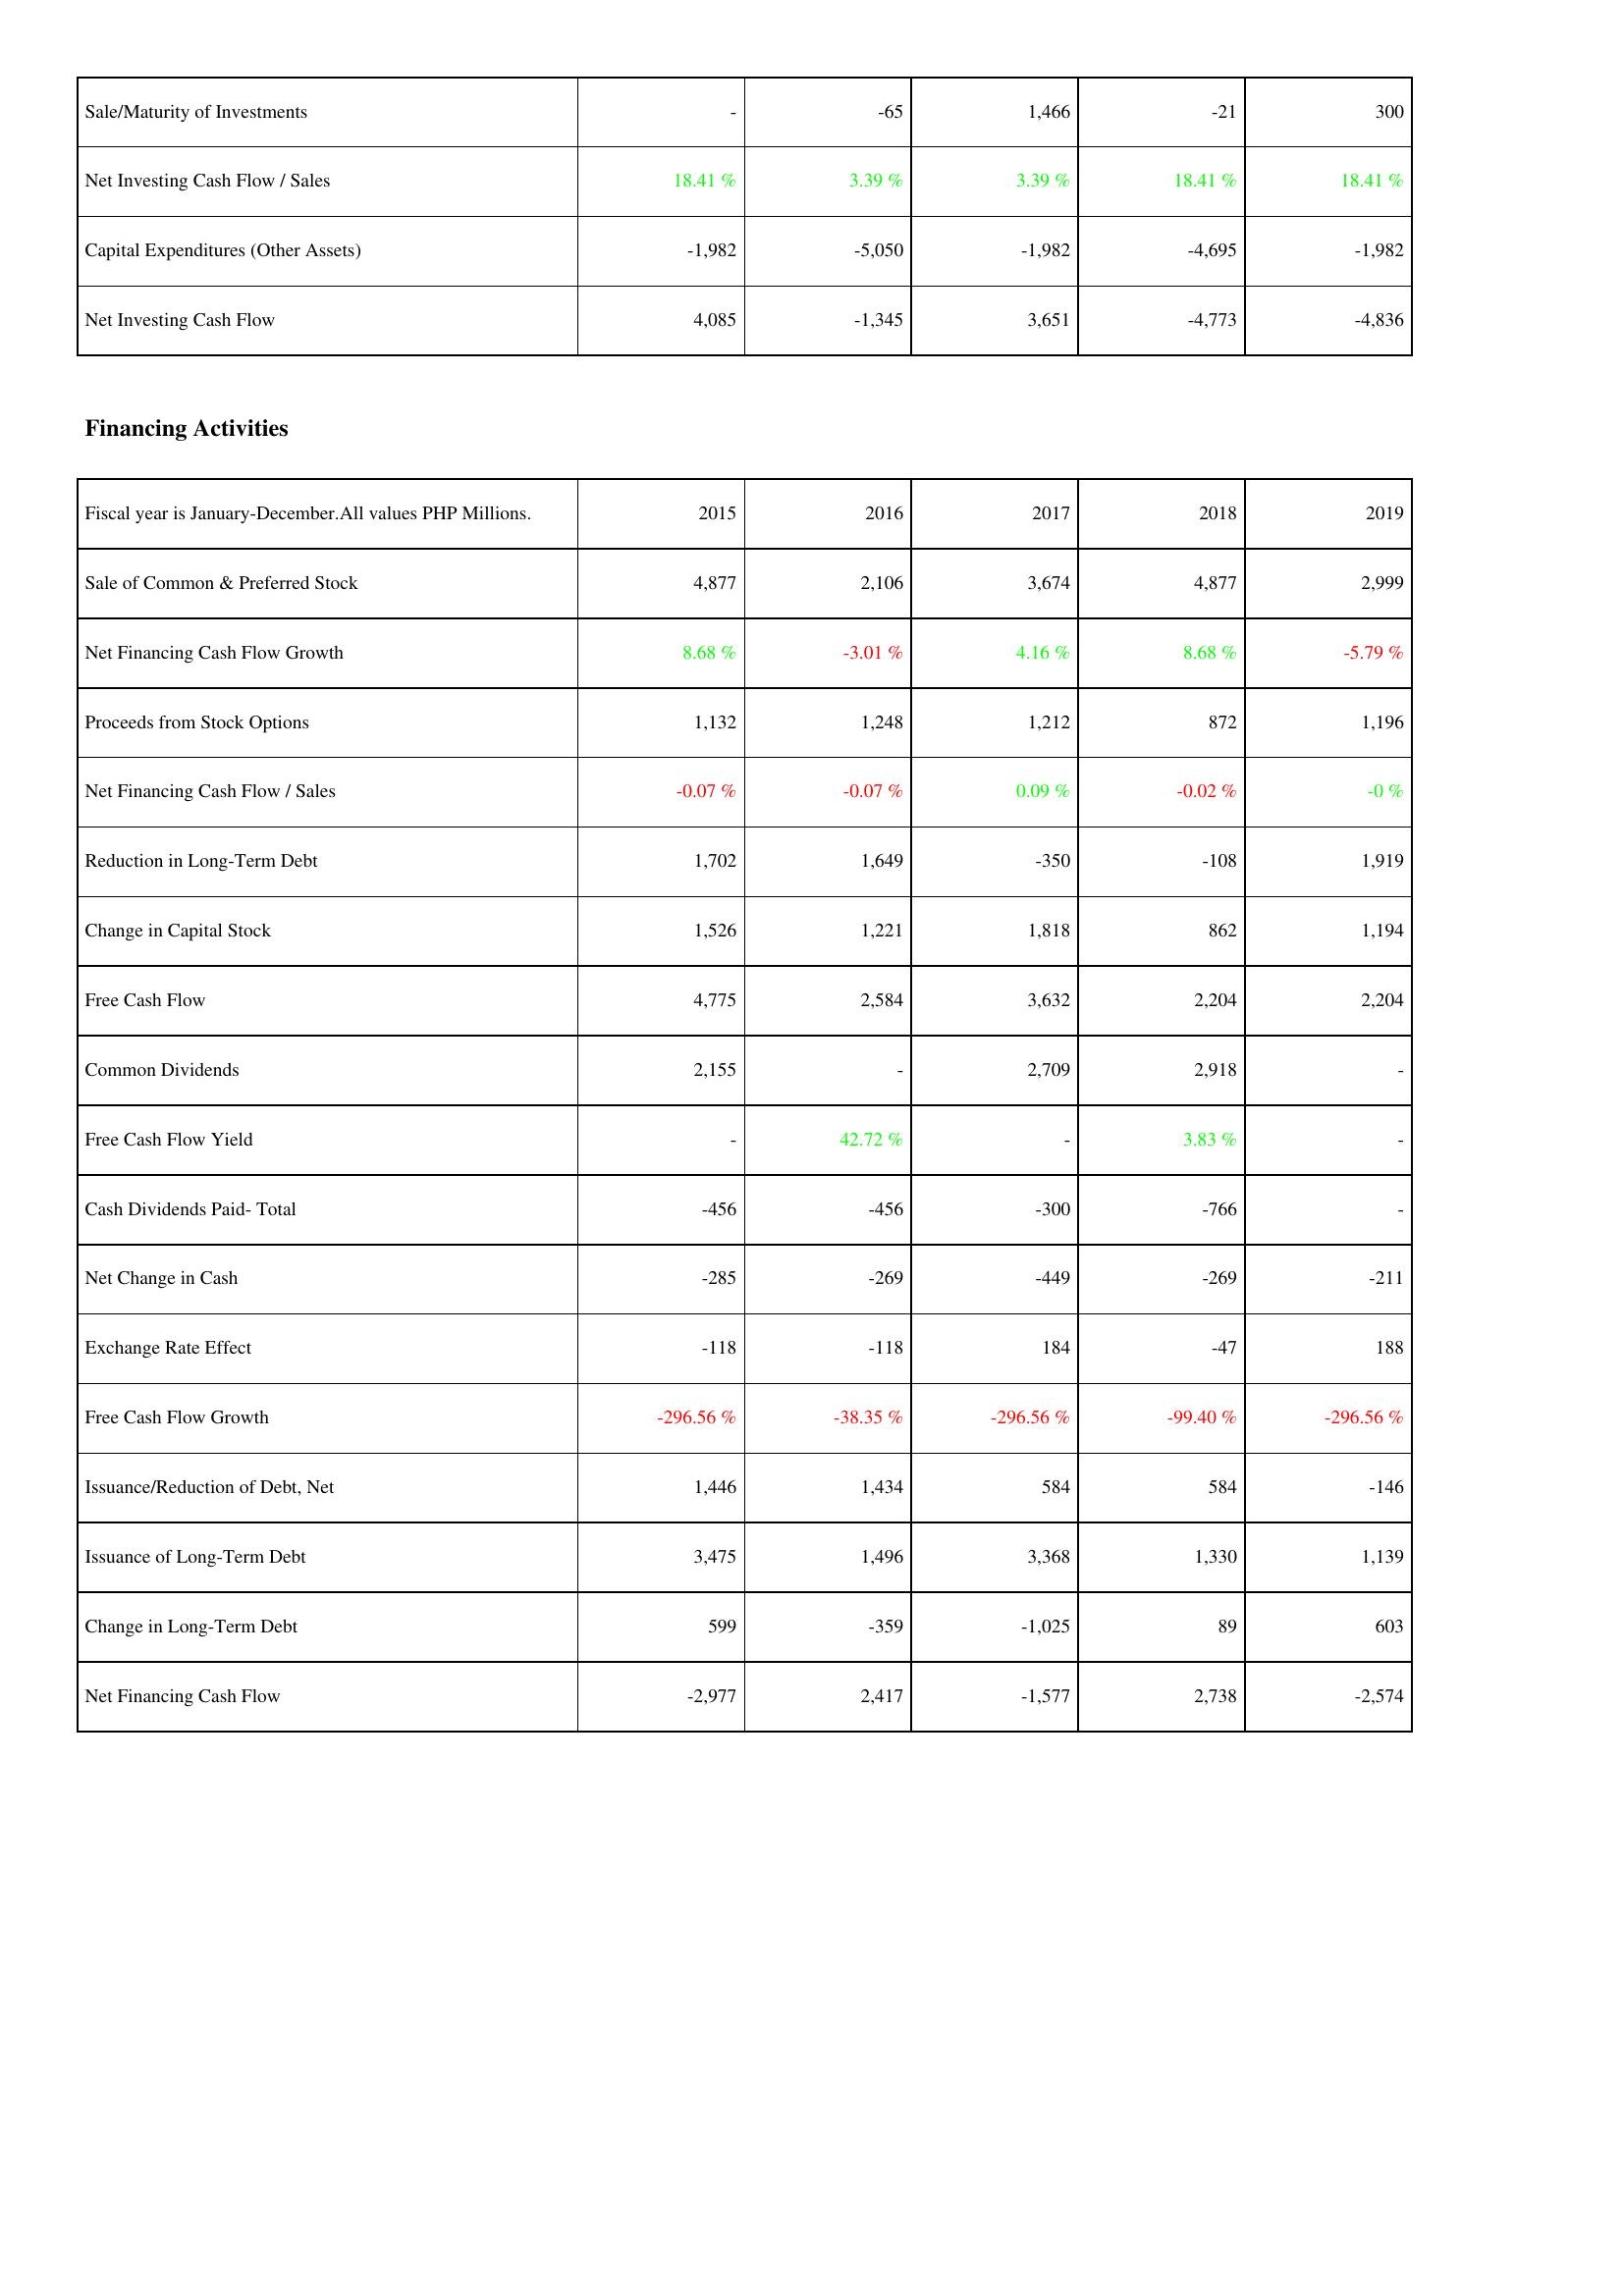
2015: Investing Activities: Sale/Maturity of Investments: -
Net Investing Cash Flow / Sales: 18.41 %
Capital Expenditures (Other Assets): -1,982
Net Investing Cash Flow: 4,085
Financing Activities: Sale of Common & Preferred Stock: 4,877
Net Financing Cash Flow Growth: 8.68 %
Proceeds from Stock Options: 1,132
Net Financing Cash Flow / Sales: -0.07 %
Reduction in Long-Term Debt: 1,702
Change in Capital Stock: 1,526
Free Cash Flow: 4,775
Common Dividends: 2,155
Free Cash Flow Yield: -
Cash Dividends Paid- Total: -456
Net Change in Cash: -285
Exchange Rate Effect: -118
Free Cash Flow Growth: -296.56 %
Issuance/Reduction of Debt, Net: 1,446
Issuance of Long-Term Debt: 3,475
Change in Long-Term Debt: 599
Net Financing Cash Flow: -2,977
2016: Investing Activities: Sale/Maturity of Investments: -65
Net Investing Cash Flow / Sales: 3.39 %
Capital Expenditures (Other Assets): -5,050
Net Investing Cash Flow: -1,345
Financing Activities: Sale of Common & Preferred Stock: 2,106
Net Financing Cash Flow Growth: -3.01 %
Proceeds from Stock Options: 1,248
Net Financing Cash Flow / Sales: -0.07 %
Reduction in Long-Term Debt: 1,649
Change in Capital Stock: 1,221
Free Cash Flow: 2,584
Common Dividends: -
Free Cash Flow Yield: 42.72 %
Cash Dividends Paid- Total: -456
Net Change in Cash: -269
Exchange Rate Effect: -118
Free Cash Flow Growth: -38.35 %
Issuance/Reduction of Debt, Net: 1,434
Issuance of Long-Term Debt: 1,496
Change in Long-Term Debt: -359
Net Financing Cash Flow: 2,417
2017: Investing Activities: Sale/Maturity of Investments: 1,466
Net Investing Cash Flow / Sales: 3.39 %
Capital Expenditures (Other Assets): -1,982
Net Investing Cash Flow: 3,651
Financing Activities: Sale of Common & Preferred Stock: 3,674
Net Financing Cash Flow Growth: 4.16 %
Proceeds from Stock Options: 1,212
Net Financing Cash Flow / Sales: 0.09 %
Reduction in Long-Term Debt: -350
Change in Capital Stock: 1,818
Free Cash Flow: 3,632
Common Dividends: 2,709
Free Cash Flow Yield: -
Cash Dividends Paid- Total: -300
Net Change in Cash: -449
Exchange Rate Effect: 184
Free Cash Flow Growth: -296.56 %
Issuance/Reduction of Debt, Net: 584
Issuance of Long-Term Debt: 3,368
Change in Long-Term Debt: -1,025
Net Financing Cash Flow: -1,577
2018: Investing Activities: Sale/Maturity of Investments: -21
Net Investing Cash Flow / Sales: 18.41 %
Capital Expenditures (Other Assets): -4,695
Net Investing Cash Flow: -4,773
Financing Activities: Sale of Common & Preferred Stock: 4,877
Net Financing Cash Flow Growth: 8.68 %
Proceeds from Stock Options: 872
Net Financing Cash Flow / Sales: -0.02 %
Reduction in Long-Term Debt: -108
Change in Capital Stock: 862
Free Cash Flow: 2,204
Common Dividends: 2,918
Free Cash Flow Yield: 3.83 %
Cash Dividends Paid- Total: -766
Net Change in Cash: -269
Exchange Rate Effect: -47
Free Cash Flow Growth: -99.40 %
Issuance/Reduction of Debt, Net: 584
Issuance of Long-Term Debt: 1,330
Change in Long-Term Debt: 89
Net Financing Cash Flow: 2,738
2019: Investing Activities: Sale/Maturity of Investments: 300
Net Investing Cash Flow / Sales: 18.41 %
Capital Expenditures (Other Assets): -1,982
Net Investing Cash Flow: -4,836
Financing Activities: Sale of Common & Preferred Stock: 2,999
Net Financing Cash Flow Growth: -5.79 %
Proceeds from Stock Options: 1,196
Net Financing Cash Flow / Sales: -0 %
Reduction in Long-Term Debt: 1,919
Change in Capital Stock: 1,194
Free Cash Flow: 2,204
Common Dividends: -
Free Cash Flow Yield: -
Cash Dividends Paid- Total: -
Net Change in Cash: -211
Exchange Rate Effect: 188
Free Cash Flow Growth: -296.56 %
Issuance/Reduction of Debt, Net: -146
Issuance of Long-Term Debt: 1,139
Change in Long-Term Debt: 603
Net Financing Cash Flow: -2,574